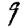
Digit: 9